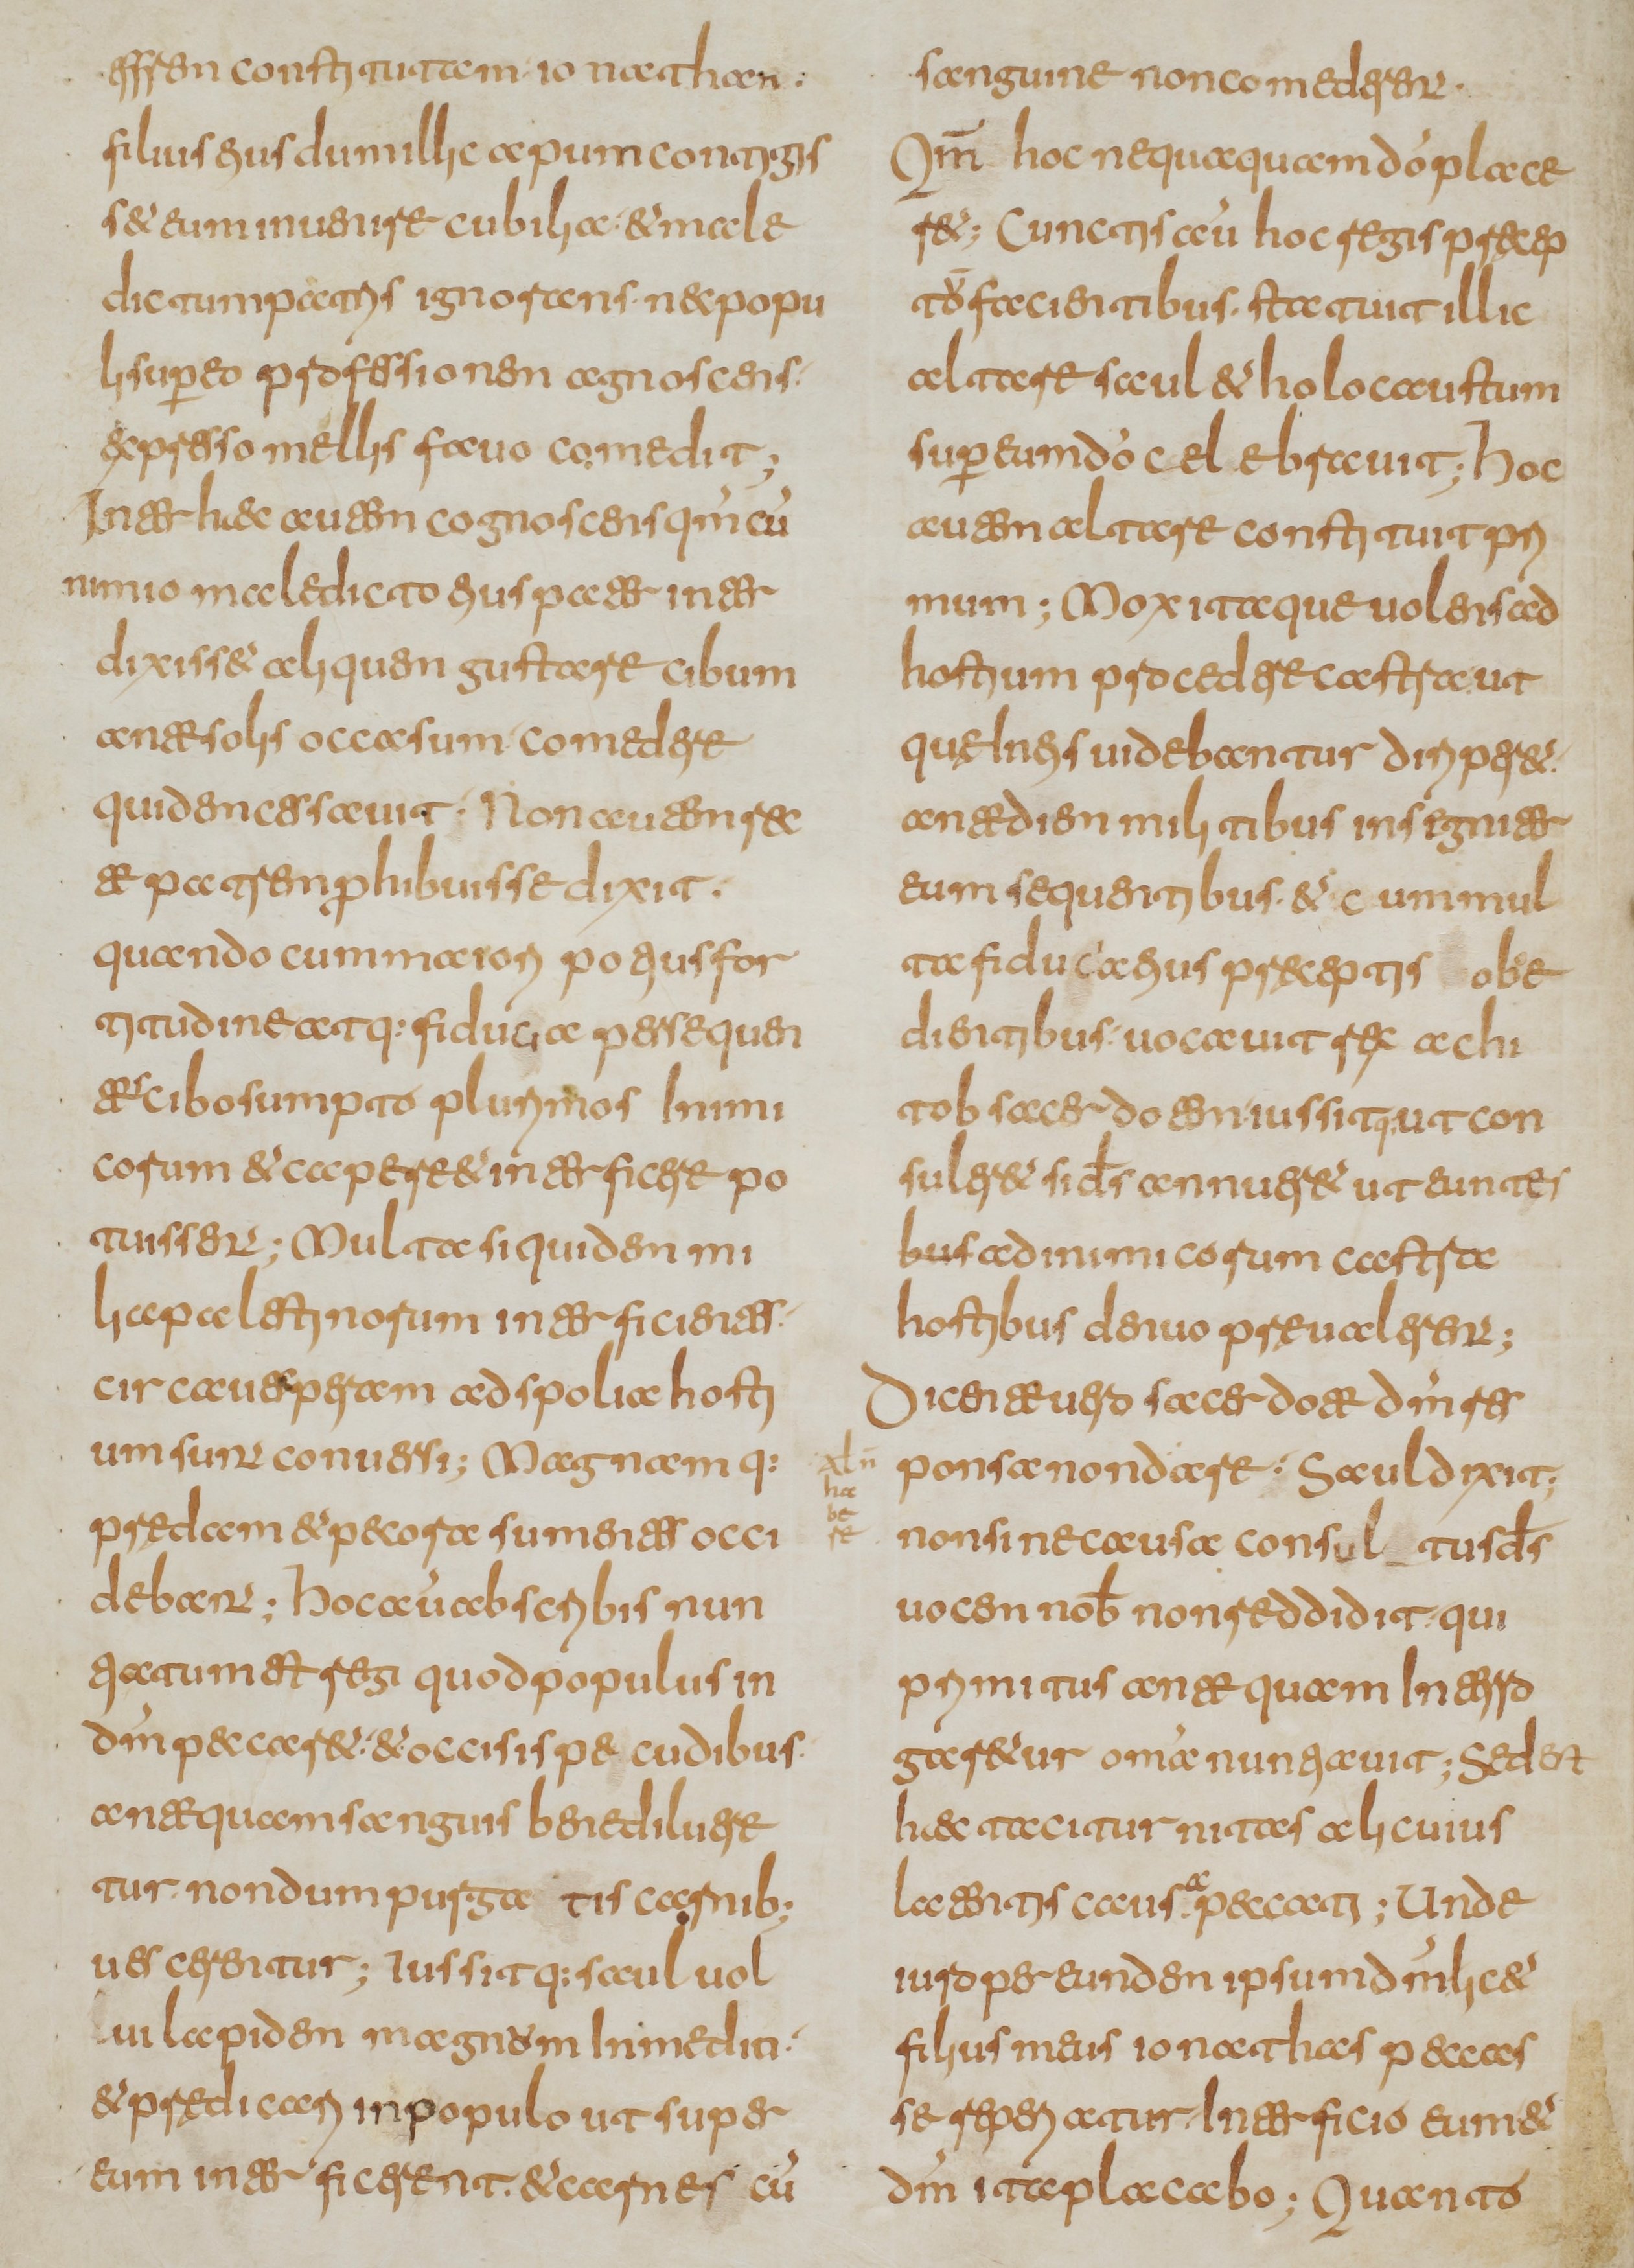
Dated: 800–849